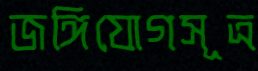
জঙ্গিযোগসূত্র